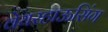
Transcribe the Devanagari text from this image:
वेयरहाऊसिंग